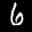
Label: 6